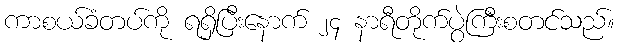
ကာစယ်ခံတပ်ကို ရရှိပြီးနောက် ၂၄ နာရီတိုက်ပွဲကြီးစတင်သည်။